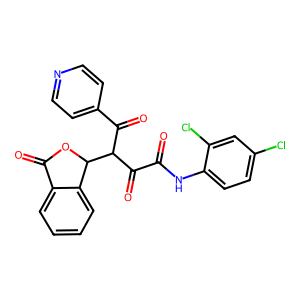
SMILES: O=C(Nc1ccc(Cl)cc1Cl)C(=O)C(C(=O)c1ccncc1)C1OC(=O)c2ccccc21
Inhibits HIV replication: No